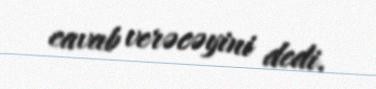
cavab verəcəyini dedi.